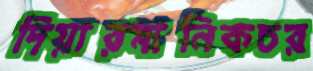
দিয়ারমানিকচর